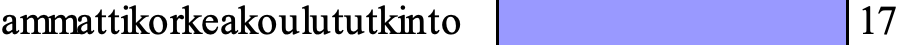
ammattikorkeakoulututkinto   17